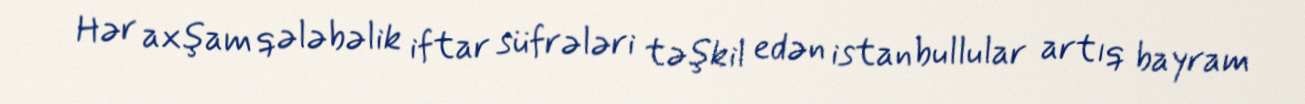
Hər axşam qələbəlik iftar süfrələri təşkil edən istanbullular artıq bayram